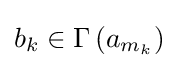
b_{k}\in \Gamma \left(a_{m_{k}}\right)